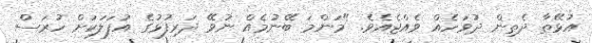
އުޅޭތާ ދެތިން ދުވަހެއް ވެއްޖެއެވެ. "މަންމަ ބޭނުމެއް ނުވޭ ދަރިފުޅުގެ އުފަލަކަށް ހުރަސް